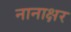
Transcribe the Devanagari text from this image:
नानाक्षर